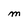
Character: M